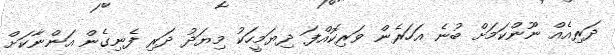
ދަރިއެއް ނޫންކަމަށް ބުނެ އަހަރެން ވަރިކޮއްފަ ދިޔަމީހަކު މިޔަދު ދަރި ފެނިގެން އަންނާކަށް